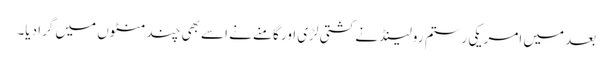
بعد میں امریکی رستم رولینڈ نے کشتی لڑی اور گامنے نے اسے بھی چند منٹوں میں گرا دیا۔